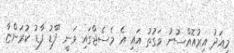
މިއަދު އިރުއޮއްސުނު ވަގުތު އައި އެ މެސެޖްގައި ވަނީ "ފާޑު ފާޑު ކުރަންޏާ